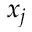
x _ { j }